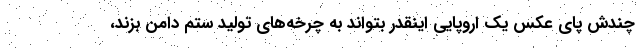
چندش پای عکس یک اروپایی اینقدر بتواند به چرخه‌های تولید ستم دامن بزند،